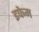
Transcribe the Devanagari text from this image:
इफेम